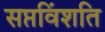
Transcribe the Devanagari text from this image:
सप्तविंशति